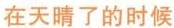
在天晴了的时候